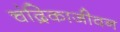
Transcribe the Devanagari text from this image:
चंद्रिकाजीवन